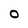
Character: O